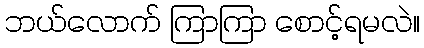
ဘယ်လောက် ကြာကြာ စောင့်ရမလဲ။